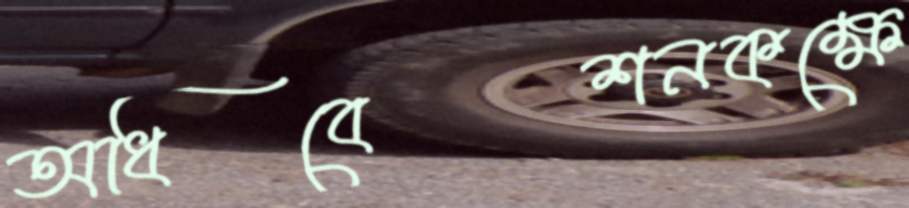
অধিবেশনকক্ষে